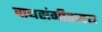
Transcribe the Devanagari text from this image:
वाद्यसंगीतमय